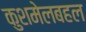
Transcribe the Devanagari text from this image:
कुशमेलबहल